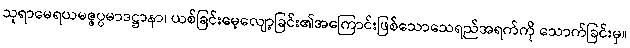
သုရာမေရယမဇ္ဇပ္ပမာဒဋ္ဌာနာ၊ ယစ်ခြင်းမေ့လျော့ခြင်း၏အကြောင်းဖြစ်သောသေရည်အရက်ကို သောက်ခြင်းမှ။